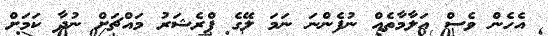
އެހެން ވެސް އަލާމާތެއް ނުފެންނަ ނަމަ ލޭގެ ޕްރެޝަރު މައްޗަށް ނުދާ ކަމަށް